Heimtali_vallavalitsus, lk 47
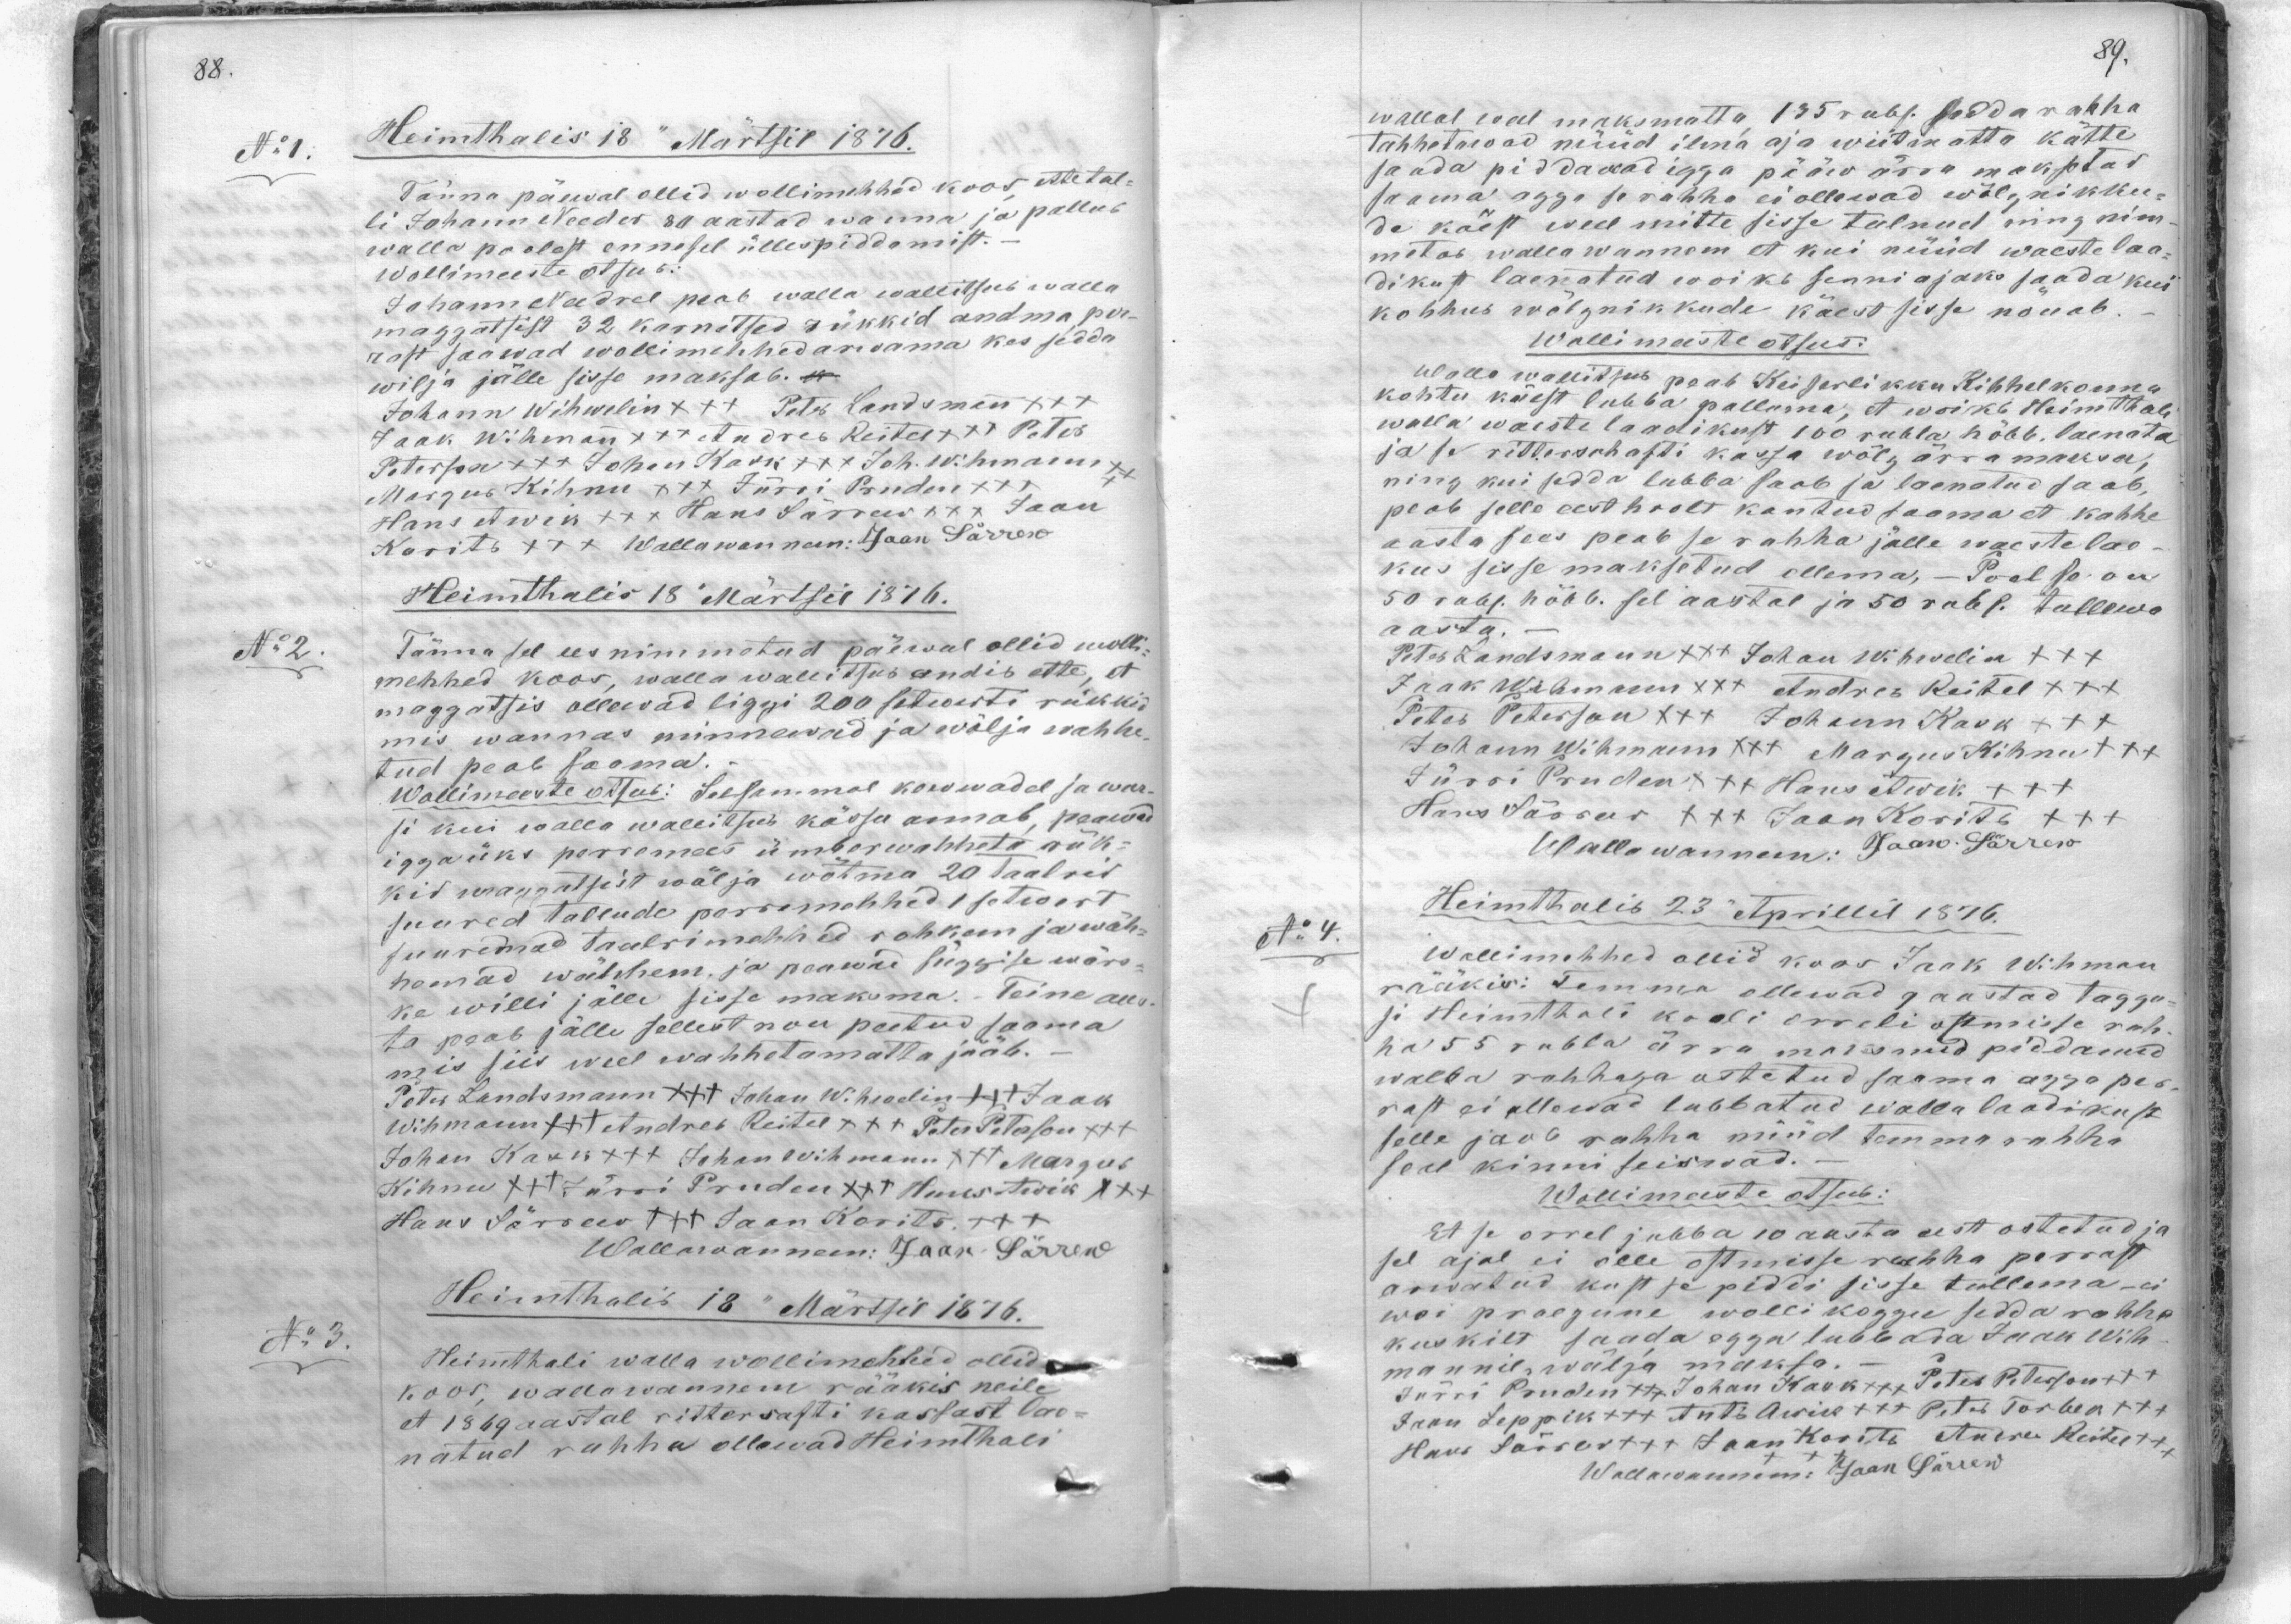
No:1.
Heimthalis 18" Märtsil 1876.
Tänna päewal ollid wollimehhed koos, ette tal-
li Johann Needer 80 aastad wanna ja pallub
walla poolest ennesel üllespiddamist.
Wollimeeste otsus:
Johann Needrel peab walla wallitsus walla
maggatsist 32 karnitsed rükkid andma pa-
rast saawad wollimehhed arudama kes sedda
wilja jälle sisse maksab.
Johann Wihwelin +++ Peter Landsman +++
Jaak Wihman +++ Andres Reitel +++ Peter
Peterson +++ Johan Kask +++ Joh. Wihmann +
Margus Kihnu +++ Jürri Trunden +++
Hans Awik +++ Hans Särrew XXX Jaan
Korits XXX Wallawanman: Jaan Särrew
Heimthalis 18" Märtsil 1876.
No:2
Tänna sel ees nimmatud päewal ollid wolli-
mehhed koos, walla wallitsus andis ette, et
maggatsis ollewad liggi 200 setwerti rükkis
mis wanna minnewad ja wälja wahhe-
tud peab saama.
Wollimeeste otsus: Seesammal kordwadel ja war-
si kui walla wallitsus kässu annab, peawad
iggaüks perremees ümberwahheta rük-
kid magaatsist wälja wõtma 20 taalrit
suured tallude perremehhed 1 setwert
suuremad Taalrimehhed rohkem ja wäh-
hemad wähhem ja peawad süggise wärs-
ke willi jälle sisse maksma. Teine aas-
ta peab jälle sellest nou peetud saama
mis siis weel wahhetamatta jääb.
Peter Landsmann xxx Johan Wihwelin ++++ Jaak
Wihmann +++t Andres Reitel XXX Peter Peterson +++
Johan Kask +++ Johan Wihmann +++ Margus
Kihnu +++ Jürri Truden +++ Hans Awik XXX
Hans Särrew +++ Jaan Korits XXX
Wallawanem: Jaan Särrew
Heimthalis 13" Märtsil 1876.
No: 3.
Heimthali walla wollimehhed ollid.
koos, wallawannem rääkis neile
et 1869 aastal rittersafti kassast lae-
natud rahha ollawad Heimthali

wallal seal maksmatta 135 rubl. sedda rahha
tahhetavad nüüd ilma aja wiitmatta kätte,
saada piddawad iga pääw ärra makstud
saama agga se rahha ei ollewad wõlg nikku-
de käest weel mitte sisse tulnud ning nim-
metab walla wannem et kui nüüd waeste laa-
dikut laenatud wõiks senni ajaks saada kui
kohhus wõlgnikkude käest sisse nõuab.
Wollimeeste otsus.
Walla wallitsus peab Keiserlikku Kihhelkonna
kohtu käest lubba palluma, et woiks Heimthali
walla waeste laadikust 100 rubla hõbb. laenata
ja se ritterschafti kassa wõlg, ärra maksa,
ning kui sedda lubba saab ja laenatud saab,
peab selle eest hoolt kantud saama et kahhe
aasta sees peab se rahha jälle waestelae-
kus sisse maksetud ollema, - Pool se on
50 rubl. hõbb. sel aastal ja 50 rubl. tullewa
aasta.
Peter Landsmann +++ Johan Wihwelin +++
Jaak Wihmann XXX Andres Reitel XXX
Peter Peterson +++ Johann Kask +++
Johann Wihmann +++ Margus Kihnu +++
Jürri Truden: +++ Hans Awik +++
Hans Särrew XXX Jaan Korits XXX
Wallawanem: Jaan Särrew
Heimthalis 23" Aprillil 1876.
No:4.
Wollimehhed ollid koos Jaak Wihman
rääkis: Temma ollewad 9 aastad tagga-
si Heimthali kooli orreli ostmisse rah-
ha 55 rubla ärra maksnud piddanud
walla rahhaga ostetud saama agga pea-
rast ei ollewad lubbatud walla laadikust
selle jaos rahha mind temma rahha
seal kinniseiswad.
Wollimeeste otsub:
Et se orrel jubba 10 aasta eest ostetud ja
sel ajal ei olle ostmisse rahha perrast
arwatud kust se piddi sisse tullema. Ei
woi praegune wollikoggo sedda rahha
kuskilt saada egga lubbada Jaak Wih-
mannil, wälja maksa.
Jürri Truden +++ Johan Kask +++ Peter Peterson +++
Jaak Leppik +++ Hans Awik +++ Peter Torbek +++
Hans Särrew +++ Jaan Korits Andres Reitel
Wallawanem: Jaak Särrew